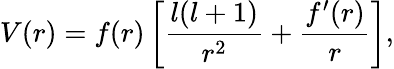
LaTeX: V(r)=f(r)\left[\frac{l(l+1)}{r^{2}}+\frac{f^{\prime}(r)}{r}\right],